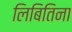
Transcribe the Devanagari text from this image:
लिबितिना